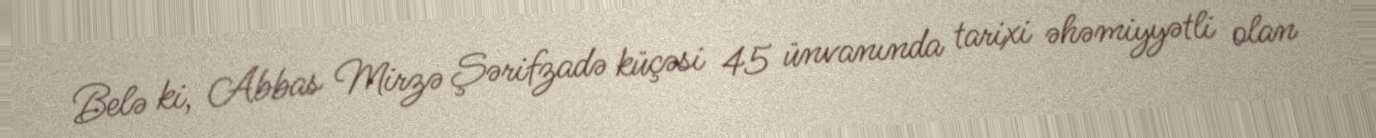
Belə ki, Abbas Mirzə Şərifzadə küçəsi 45 ünvanında tarixi əhəmiyyətli olan